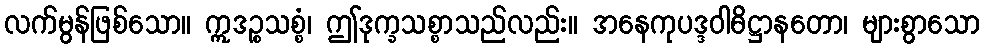
လက်မွန်ဖြစ်သော။ ဣဒဉ္စသစ္စံ၊ ဤဒုက္ခသစ္စာသည်လည်း။ အနေကုပဒ္ဒဝါဓိဋ္ဌာနတော၊ များစွာသော